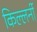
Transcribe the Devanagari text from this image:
किल्लर्नी